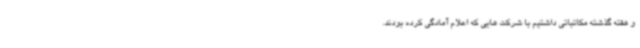
و هفته گذشته مکاتباتی داشتیم با شرکت هایی که اعلام آمادگی کرده بودند.